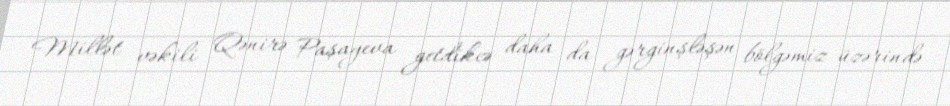
Millət vəkili Qənirə Paşayeva getdikcə daha da gərginşləşən bölgəmiz üzərində